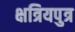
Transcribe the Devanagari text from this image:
क्षत्रियपुत्र